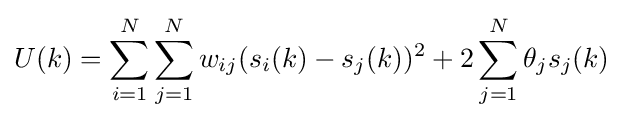
U(k)=\sum _{i=1}^{N}\sum _{j=1}^{N}w_{ij}(s_{i}(k)-s_{j}(k))^{2}+2\sum _{j=1}^{N}\theta _{j}s_{j}(k)